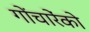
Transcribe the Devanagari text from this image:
गोंचारेंको